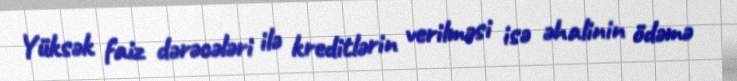
Yüksək faiz dərəcələri ilə kreditlərin verilməsi isə əhalinin ödəmə